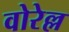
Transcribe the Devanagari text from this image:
वोरेल्ल